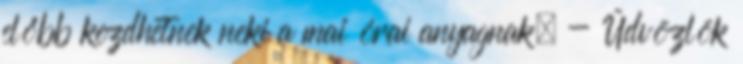
előbb kezdhetnek neki a mai órai anyagnak. - Üdvözlök